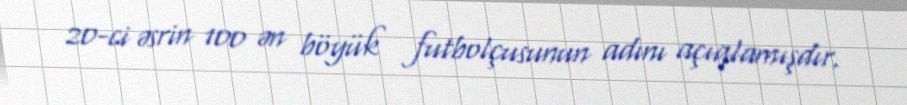
20-ci əsrin 100 ən böyük futbolçusunun adını açıqlamışdır.